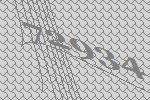
72934